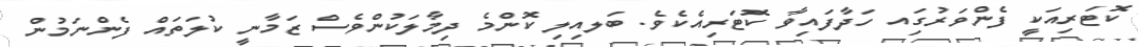
ކޮޓަރިއަކީ ފެންވަރުގަިއ ހަދާފައިވާ ކޮޓަރިއެކެވެ. ބަލއިލި ކޮންމެ ދިމާލަކުންވެސް ޒަމާނީ ކުލަތައް ފެންނަމުން